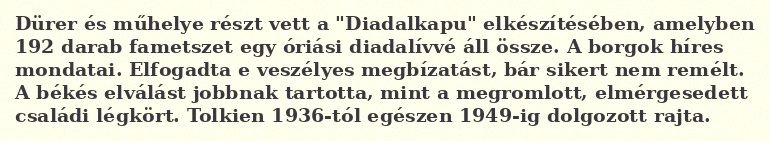
Dürer és műhelye részt vett a "Diadalkapu" elkészítésében, amelyben 192 darab fametszet egy óriási diadalívvé áll össze. A borgok híres mondatai. Elfogadta e veszélyes megbízatást, bár sikert nem remélt. A békés elválást jobbnak tartotta, mint a megromlott, elmérgesedett családi légkört. Tolkien 1936-tól egészen 1949-ig dolgozott rajta.